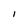
Character: I